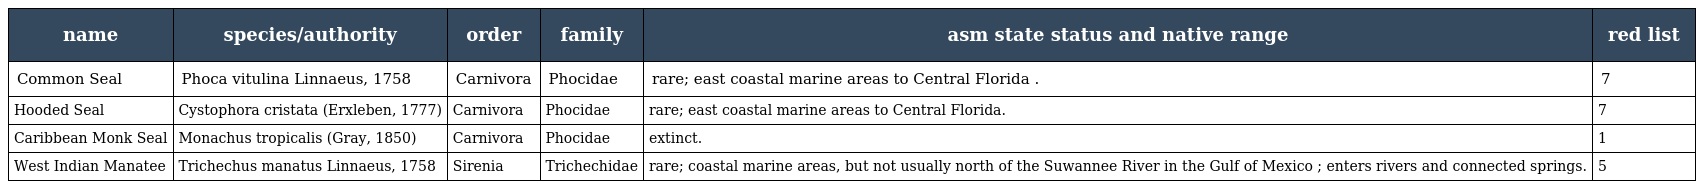
| name | species/authority | order | family | asm state status and native range | red list |
 | --- | --- | --- | --- | --- | --- |
 | Common Seal | Phoca vitulina Linnaeus, 1758 | Carnivora | Phocidae | rare; east coastal marine areas to Central Florida . | 7 |
 | Hooded Seal | Cystophora cristata (Erxleben, 1777) | Carnivora | Phocidae | rare; east coastal marine areas to Central Florida. | 7 |
 | Caribbean Monk Seal | Monachus tropicalis (Gray, 1850) | Carnivora | Phocidae | extinct. | 1 |
 | West Indian Manatee | Trichechus manatus Linnaeus, 1758 | Sirenia | Trichechidae | rare; coastal marine areas, but not usually north of the Suwannee River in the Gulf of Mexico ; enters rivers and connected springs. | 5 |